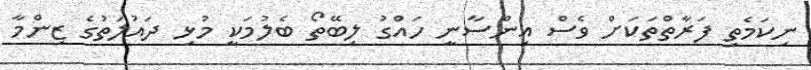
ނިކަމެތި ފަރާތްތަކަށް ވެސް އިންސާނީ ހައްގު ލިބޭތޯ ބެލުމަކީ މުޅި ދައުލަތުގެ ޒިންމާ